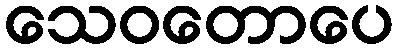
သေဝတောပေ